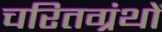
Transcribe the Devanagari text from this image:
चरितग्रंथों